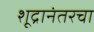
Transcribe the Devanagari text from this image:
शूद्रानंतरचा